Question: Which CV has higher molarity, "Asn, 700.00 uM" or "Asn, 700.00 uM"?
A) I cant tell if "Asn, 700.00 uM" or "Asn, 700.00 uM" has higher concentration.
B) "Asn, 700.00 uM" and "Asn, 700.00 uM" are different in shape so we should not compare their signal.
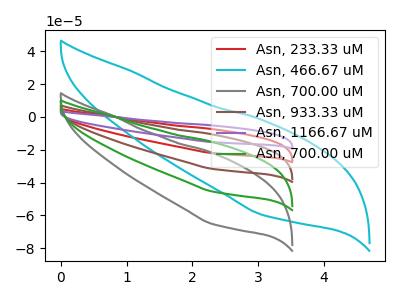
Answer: <think>The red curve "Asn, 233.33 uM" has no peaks. The cyan curve "Asn, 466.67 uM" has no peaks. The gray curve "Asn, 700.00 uM" has no peaks. The brown curve "Asn, 933.33 uM" has no peaks. The purple curve "Asn, 1166.67 uM" has no peaks. The green curve "Asn, 700.00 uM" has no peaks.
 Neither "Asn, 700.00 uM" or "Asn, 700.00 uM" have any peaks.</think>
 <answer>A) I cant tell if "Asn, 700.00 uM" or "Asn, 700.00 uM" has higher concentration.</answer>
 <eval>A</eval>